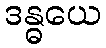
ဒန္ဓယေ